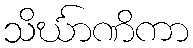
သိင်္ဃာဏိကာ